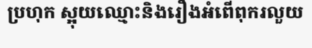
ប្រហុក ស្អុយឈ្មោះនិងរឿងអំពើពុករលួយ